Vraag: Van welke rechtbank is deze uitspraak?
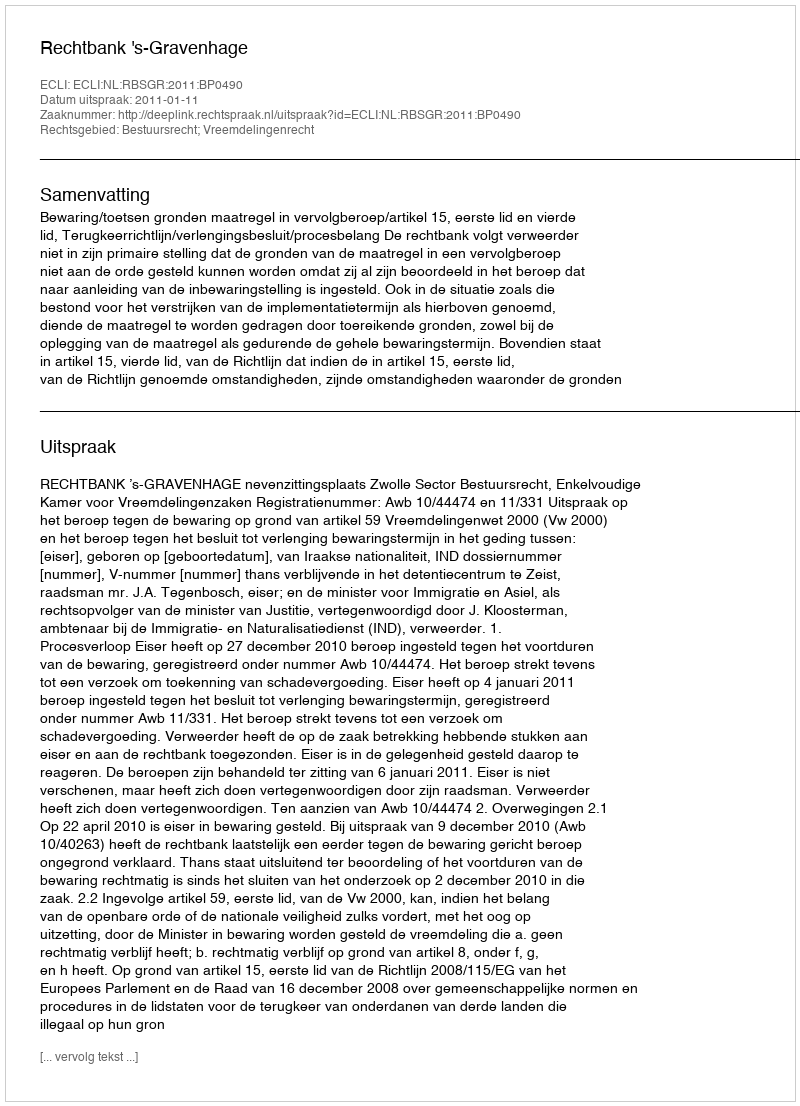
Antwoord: Rechtbank 's-Gravenhage